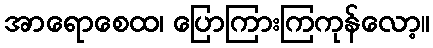
အာရောစေထ၊ ပြောကြားကြကုန်လော့။